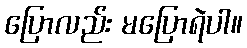
ပြောလည်း မပြောရဲပါ။